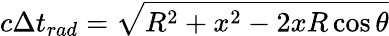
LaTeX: c\Delta t_{rad}=\sqrt{R^{2}+x^{2}-2xR\cos{\theta}}